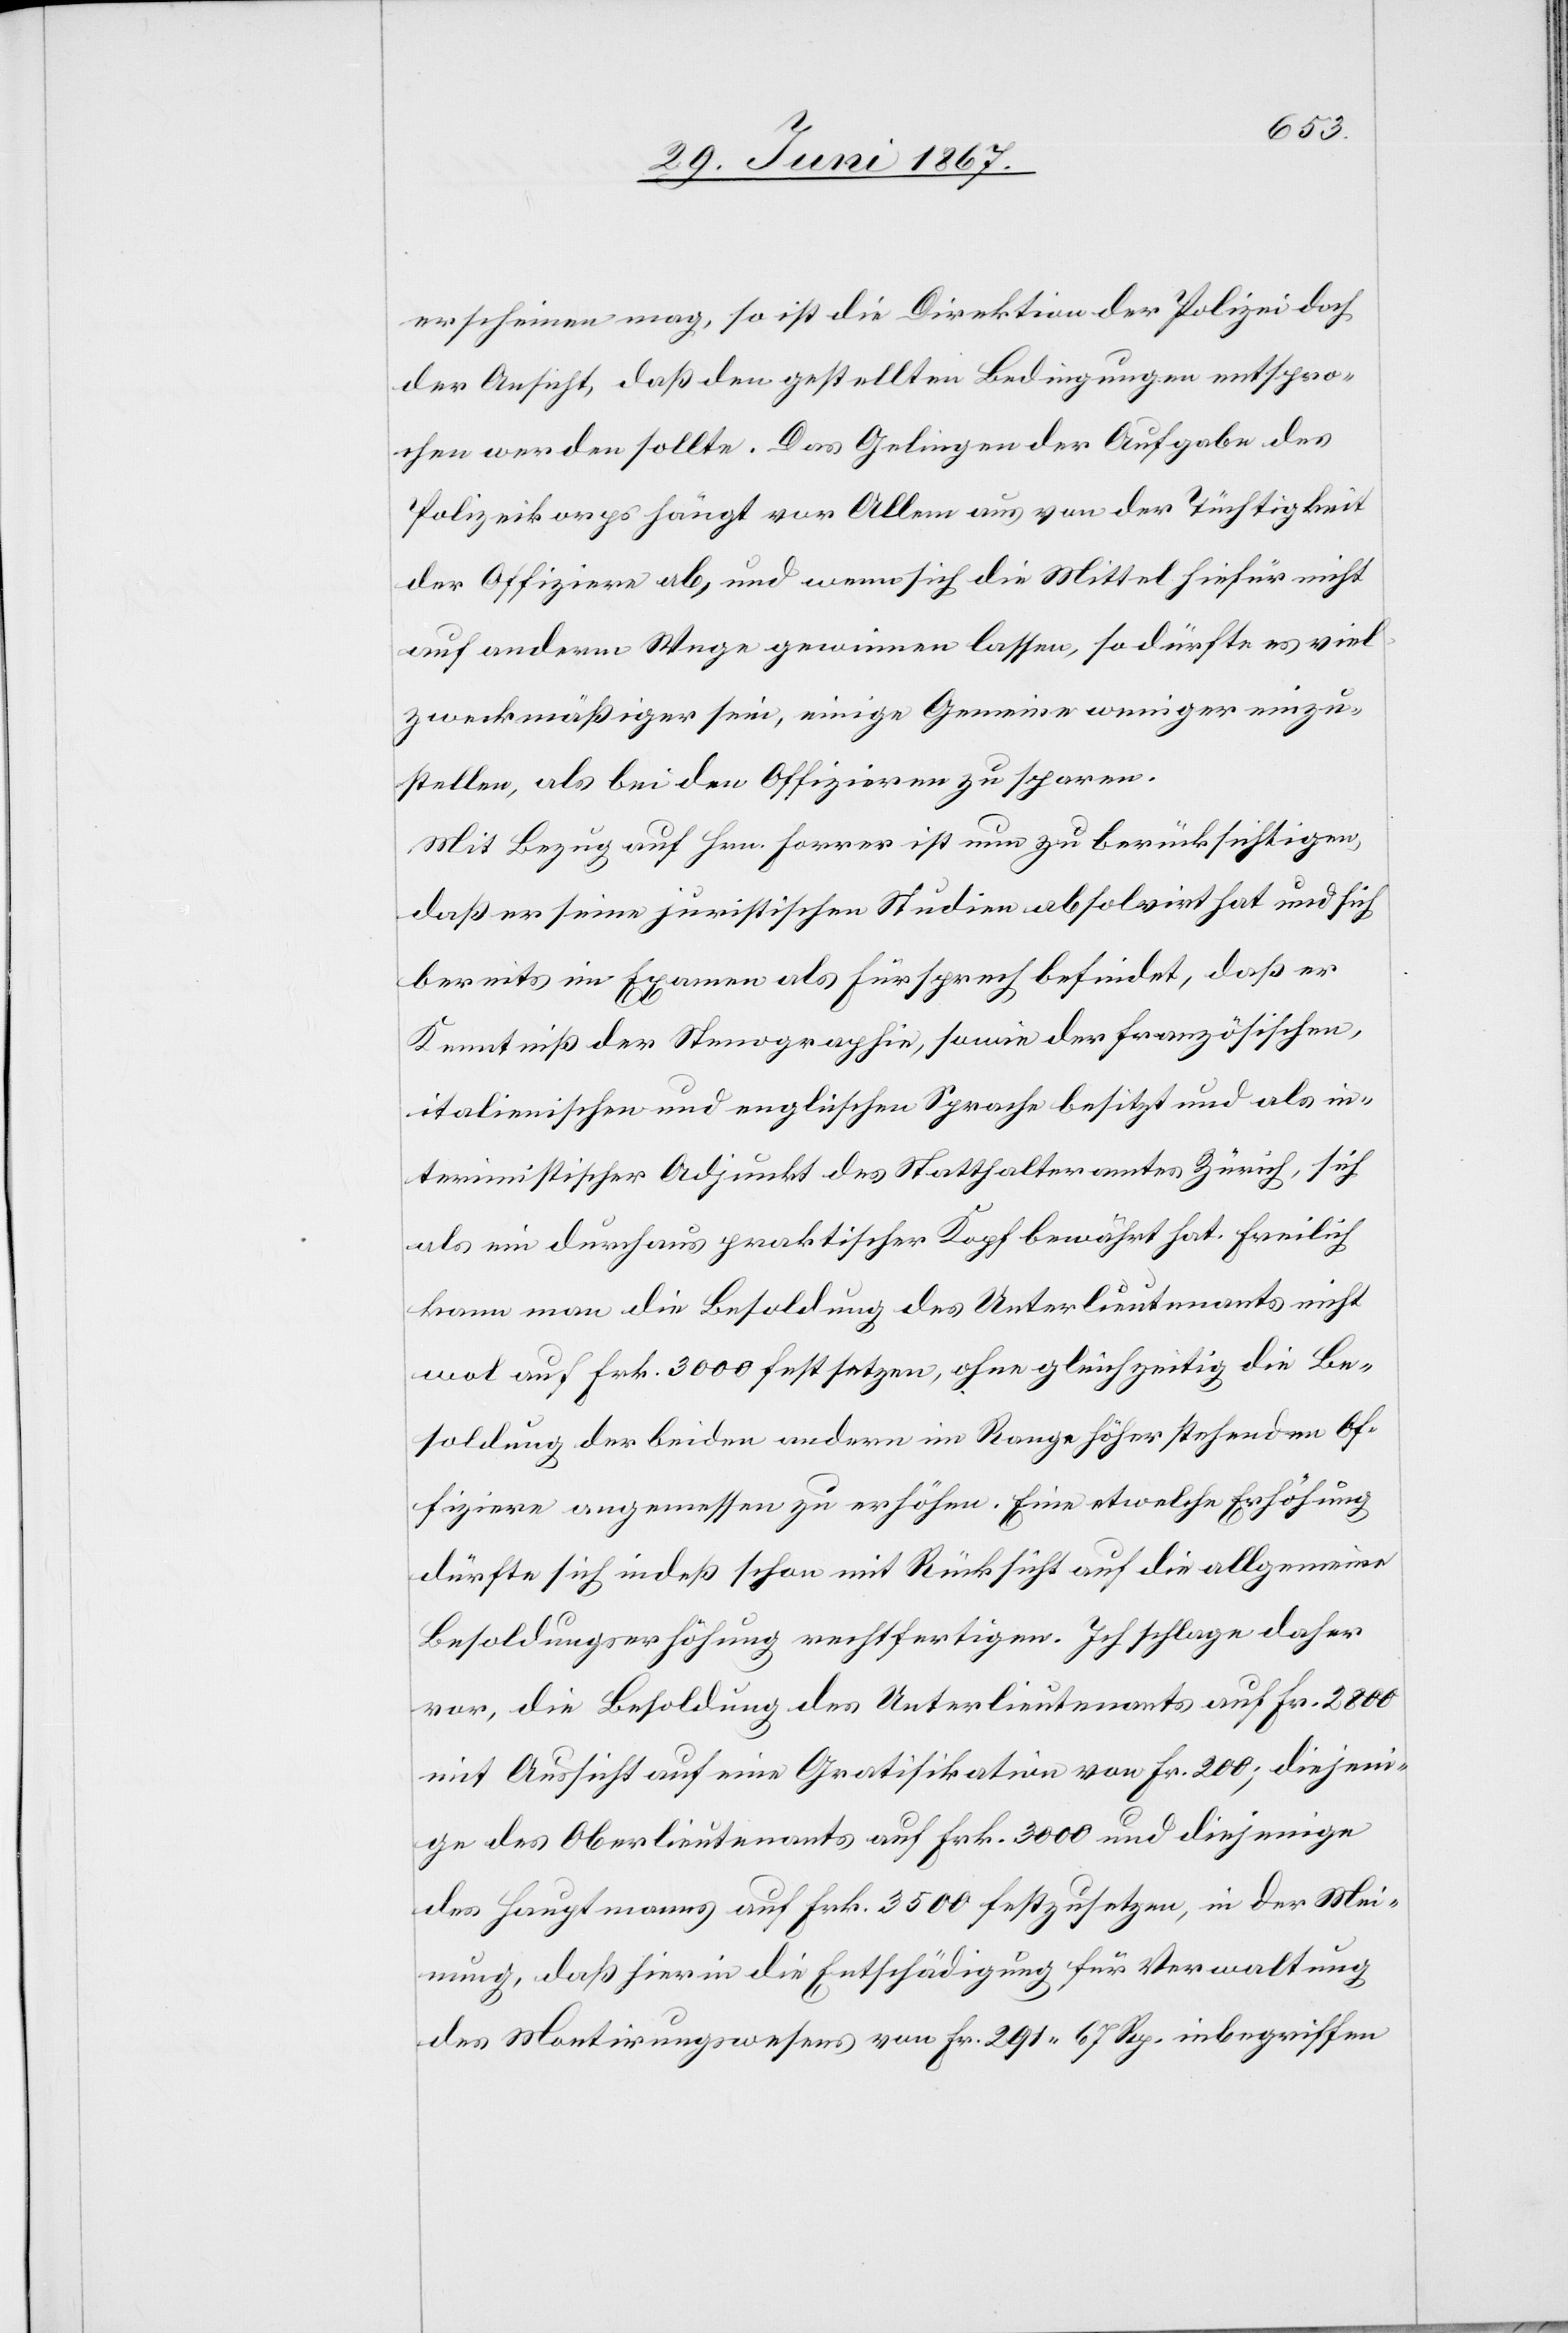
erscheinen mag, so ist die Direktion der Polizei doch
der Ansicht, daß den gestellten Bedingungen entspro¬
chen werden sollte. Das Gelingen der Aufgabe des
Polizeikorps hängt vor Allem aus von der Tüchtigkeit
der Offiziere ab, und wenn sich die Mittel hiefür nicht
auf anderm Wege gewinnen lassen, so dürfte es viel
zweckmäßiger sein, einige Gemeine weniger einzu¬
stellen, als bei den Offizieren zu sparen.
Mit Bezug auf Hrn. Forrer ist nun zu berücksichtigen,
daß er seine juristischen Studien absolviert hat und sich
bereits im Examen als Fürsprech befindet, daß er
Kenntniß der Stenographie, sowie der französischen,
italienischen und englischen Sprache besitzt und als in¬
terimistischer Adjunkt des Statthalteramtes Zürich, sich
als ein durchaus praktischer Kopf bewährt hat. Freilich
kann man die Besoldung des Unterlieutenants nicht
wol auf Frk. 3000 festsetzen, ohne gleichzeitig die Be¬
soldung der beiden andern im Range höher stehenden Of¬
fiziere angemessen zu erhöhen. Eine etwelche Erhöhung
dürfte sich indeß schon mit Rücksicht auf die allgemeinen
Besoldungserhöhung rechtfertigen. Ich schlage daher
vor, die Besoldung des Unterlieutenants auf Fr. 2800
mit Aussicht auf eine Gratifikation von Fr. 200; diejeni¬
ge des Oberlieutenants auf Frk. 3000 und diejenige
des Hauptmanns auf Frk. 3500 festzusetzen, in der Mei¬
nung, daß hierin die Entschädigung für Verwaltung
des Montirungswesens von Fr. 291.67 Rp. inbegriffen